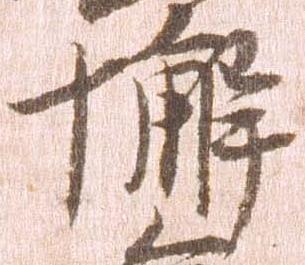
懈